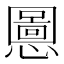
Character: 𫻒